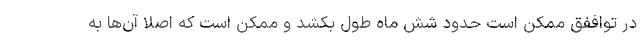
در تواففق ممکن است حدود شش ماه طول بکشد و ممکن است که اصلا آن‌ها به